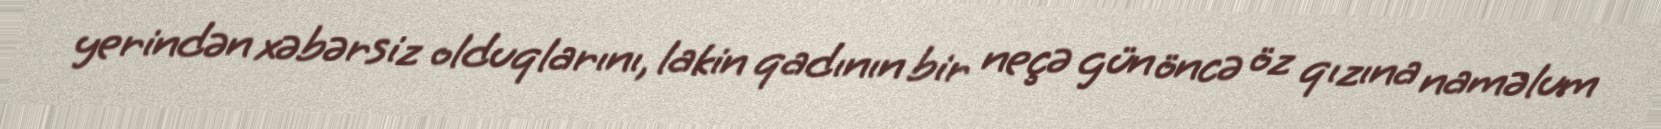
yerindən xəbərsiz olduqlarını, lakin qadının bir neçə gün öncə öz qızına naməlum